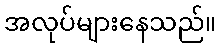
အလုပ်များနေသည်။